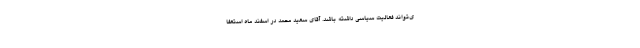
ی‌تواند فعالیت سیاسی داشته باشد. آقای سعید محمد در اسفند ماه استعفا